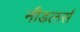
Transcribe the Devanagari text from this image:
नीडलर्स